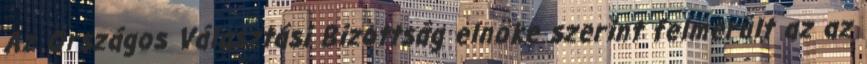
Az Országos Választási Bizottság elnöke szerint felmerült az az